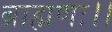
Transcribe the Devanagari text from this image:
ब्राह्मणः।।